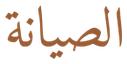
الصيانة